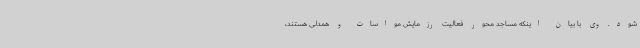
شود. وی با بیان اینکه مساجد محور فعالیت رزمایش مواسات و همدلی هستند،